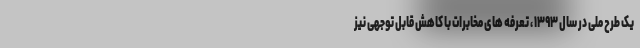
یک طرح ملی در سال ۱۳۹۳ ، تعرفه های مخابرات با کاهش قابل توجهی نیز